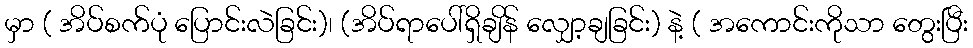
မှာ ( အိပ်စက်ပုံ ပြောင်းလဲခြင်း)၊ (အိပ်ရာပေါ်ရှိချိန် လျှော့ချခြင်း) နဲ့ ( အကောင်းကိုသာ တွေးပြီး